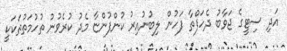
އަދި ސިޓީގެ ޖަވާބު ދެހަފްތާ ފަހުން ލިބުނުއިރު ކުންފުންޏާ މެދު ކުރެވުނު ތުހުމަތުތަކަކީ